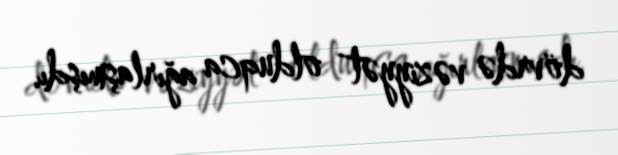
dövrdə vəziyyət olduqca ağırlaşmışdı.